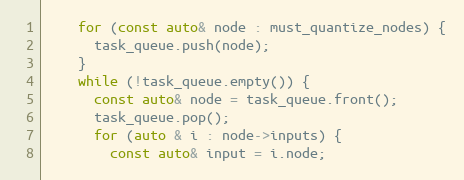
Language: C++
    for (const auto& node : must_quantize_nodes) {
      task_queue.push(node);
    }
    while (!task_queue.empty()) {
      const auto& node = task_queue.front();
      task_queue.pop();
      for (auto & i : node->inputs) {
        const auto& input = i.node;